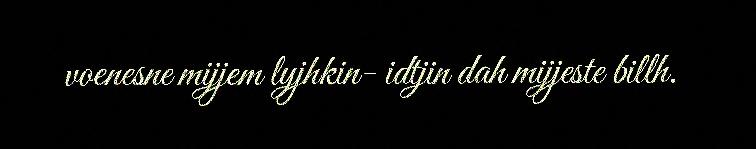
voenesne mijjem lyjhkin- idtjin dah mijjeste billh.